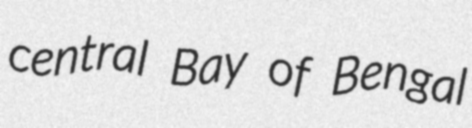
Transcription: central Bay of Bengal